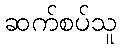
ဆက်စပ်သူ